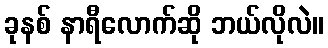
ခုနစ် နာရီလောက်ဆို ဘယ်လိုလဲ။